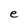
Character: e